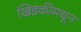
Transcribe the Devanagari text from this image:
खिडकीमधून